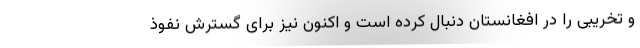
و تخریبی را در افغانستان دنبال کرده است و اکنون نیز برای گسترش نفوذ